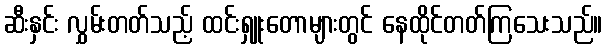
ဆီးနှင်း လွှမ်းတတ်သည့် ထင်းရှူးတောများတွင် နေထိုင်တတ်ကြသေးသည်။